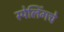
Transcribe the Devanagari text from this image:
स्पेलिंगचे